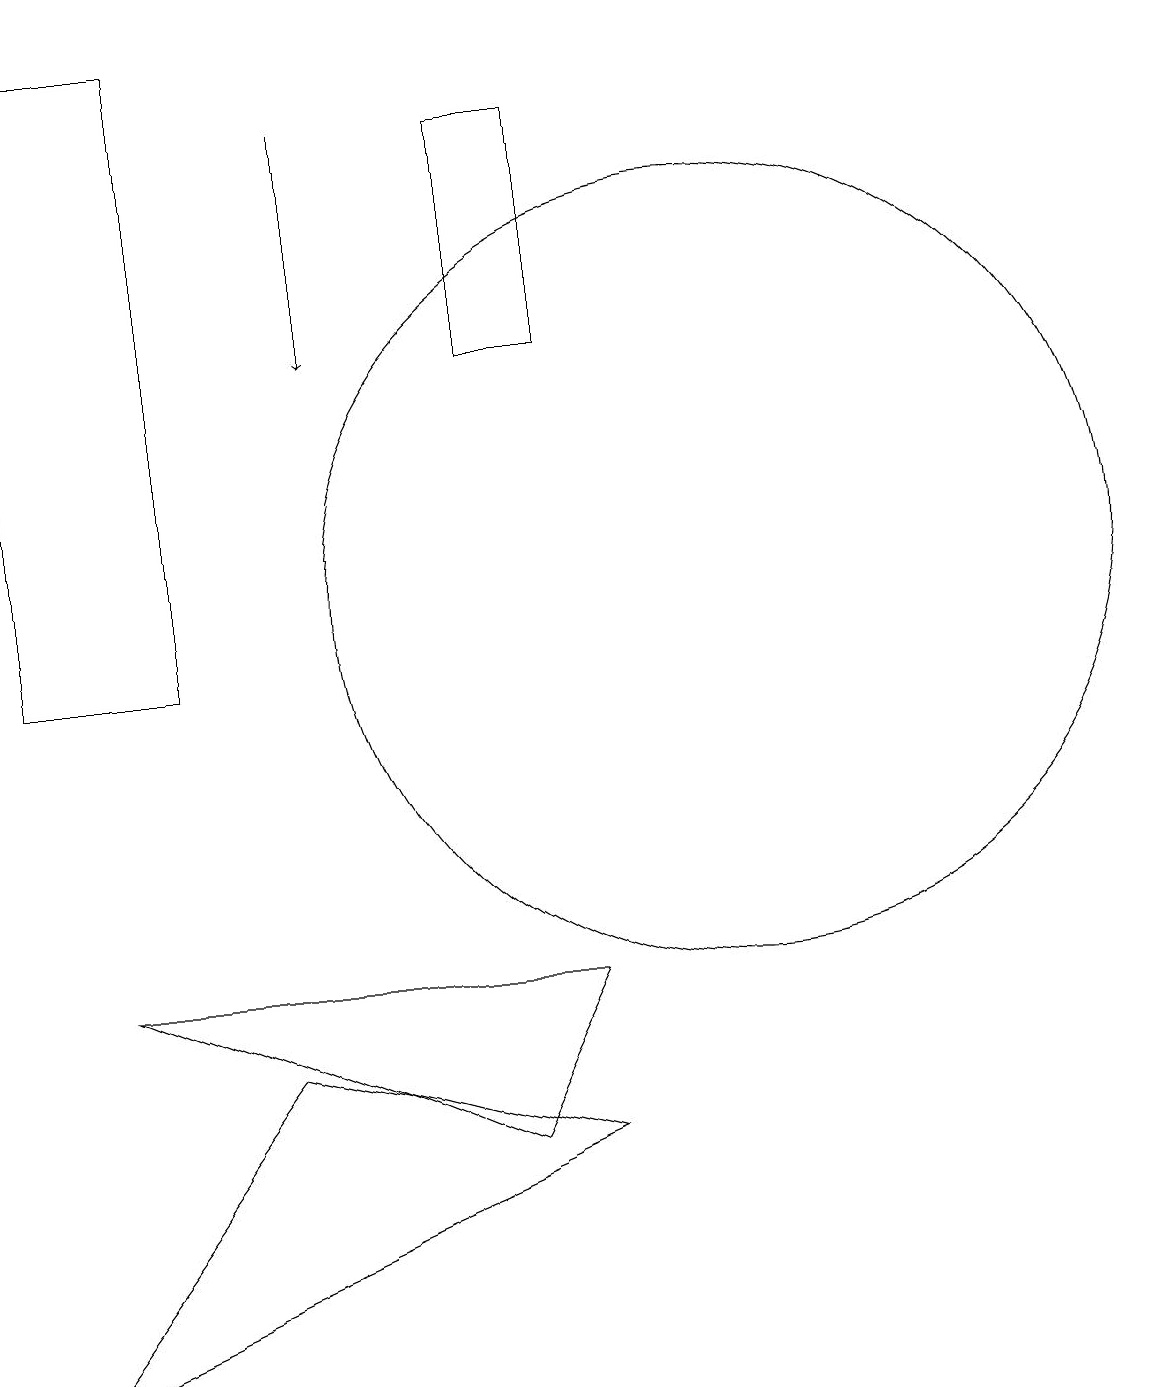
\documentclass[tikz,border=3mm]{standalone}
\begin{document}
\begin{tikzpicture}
\draw (10,11) circle (5);
\draw (4,5) -- (1,1) -- (8,4) -- cycle;
\draw (3,10) rectangle (1,18);
\draw[->] (5,17) -- (5,14);
\draw (8,6) -- (2,6) -- (7,4) -- cycle;
\draw (7,14) rectangle (8,17);
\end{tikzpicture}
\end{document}